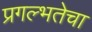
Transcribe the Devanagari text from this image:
प्रगल्‍भतेचा